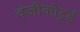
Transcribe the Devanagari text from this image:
वंजीकोट्टई